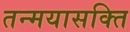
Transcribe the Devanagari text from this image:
तन्मयासक्ति